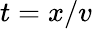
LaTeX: t=x/v